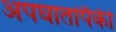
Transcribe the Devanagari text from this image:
अपघातांपैकी